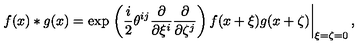
f ( x ) \ast g ( x ) = \exp \left. \left( \frac { i } { 2 } \theta ^ { i j } \frac { \partial } { \partial \xi ^ { i } } \frac { \partial } { \partial \zeta ^ { j } } \right) f ( x + \xi ) g ( x + \zeta ) \right| _ { \xi = \zeta = 0 } ,